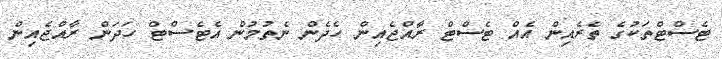
ޓެސްޓްތަކުގެ ތެރެއިން އެއް ޓެސްޓް ރާއްޖެއިން ހެދެން ނެތުމުން އެޓެސްޓް ހަދަން ރާއްޖެއިން